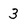
Character: 3